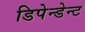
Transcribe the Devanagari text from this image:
डिपेन्डेन्ट